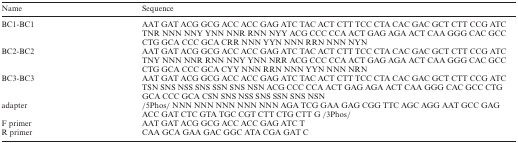
| Name | Sequence |
 | --- | --- |
 | BC1-BC1 | AAT GAT ACG GCG ACC ACC GAG ATC TAC ACT CTT TCC CTA CAC GAC GCT CTT CCG ATC TNR NNN NNY YNN NNR RNN NYY ACG CCC CCA ACT GAG AGA ACT CAA GGG CAC GCC CTG GCA CCC GCA CRR NNN YYN NNN RRN NNN NYN |
 | BC2-BC2 | AAT GAT ACG GCG ACC ACC GAG ATC TAC ACT CTT TCC CTA CAC GAC GCT CTT CCG ATC TNY NNN NNR RNN NNY YNN NRR ACG CCC CCA ACT GAG AGA ACT CAA GGG CAC GCC CTG GCA CCC GCA CYY NNN RRN NNN YYN NNN NRN |
 | BC3-BC3 | AAT GAT ACG GCG ACC ACC GAG ATC TAC ACT CTT TCC CTA CAC GAC GCT CTT CCG ATC TSN SNS NSS SNS SSN SNS NSN ACG CCC CCA ACT GAG AGA ACT CAA GGG CAC GCC CTG GCA CCC GCA CSN SNS NSS SNS SSN SNS NSN |
 | adapter | /5Phos/ NNN NNN NNN NNN NNN AGA TCG GAA GAG CGG TTC AGC AGG AAT GCC GAG ACC GAT CTC GTA TGC CGT CTT CTG CTT G /3Phos/ |
 | F primer | AAT GAT ACG GCG ACC ACC GAG ATC T |
 | R primer | CAA GCA GAA GAC GGC ATA CGA GAT C |